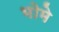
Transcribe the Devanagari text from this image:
भोमे